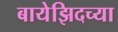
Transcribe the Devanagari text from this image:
बायेझिदच्या